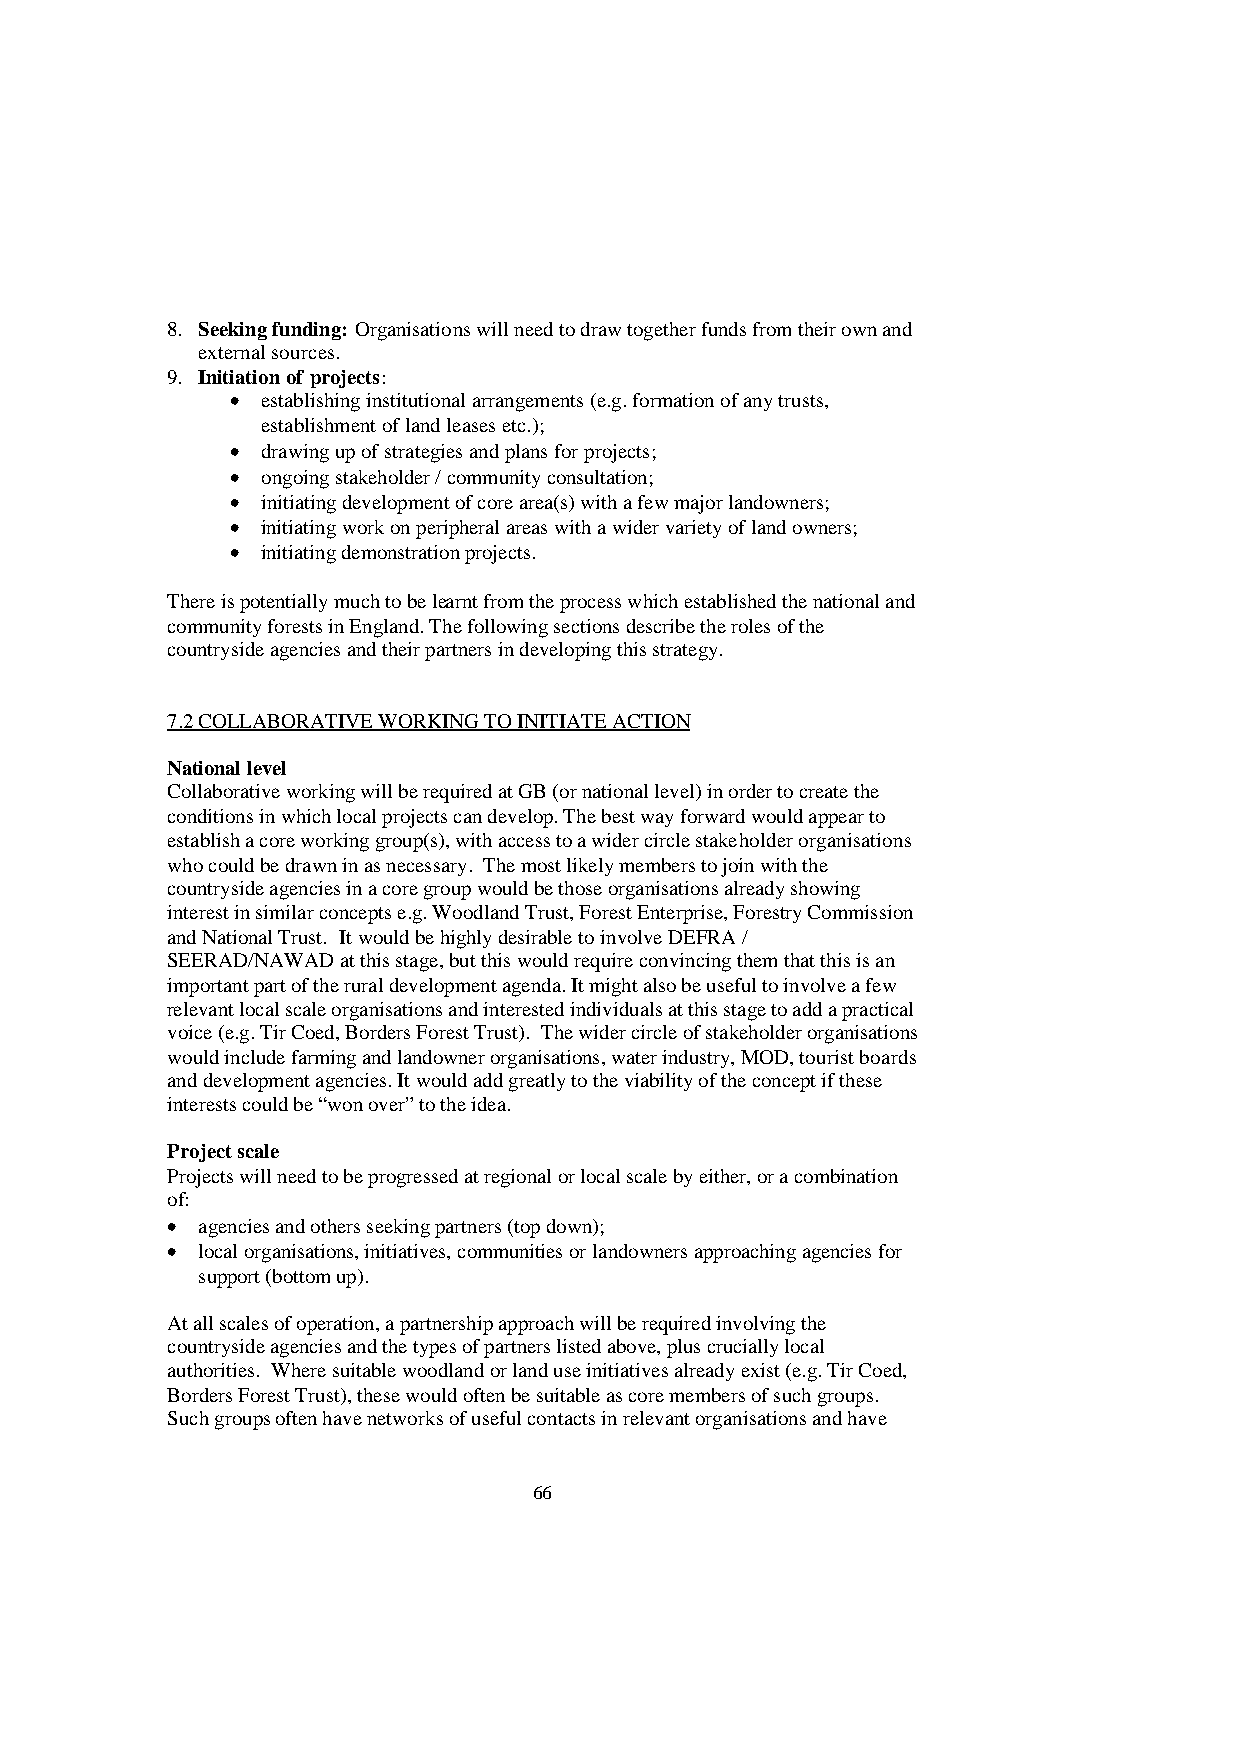
8. Seeking funding: Organisations will need to draw together funds from their own and
 external sources.
 9. Initiation of projects:
 • establishing institutional arrangements (e.g. formation of any trusts,
 establishment of land leases etc.);
 • drawing up of strategies and plans for projects;
 • ongoing stakeholder / community consultation;
 • initiating development of core area(s) with a few major landowners;
 • initiating work on peripheral areas with a wider variety of land owners;
 • initiating demonstration projects.
 There is potentially much to be learnt from the process which established the national and
 community forests in England. The following sections describe the roles of the
 countryside agencies and their partners in developing this strategy.
 7.2 COLLABORATIVE WORKING TO INITIATE ACTION
 National level
 Collaborative working will be required at GB (or national level) in order to create the
 conditions in which local projects can develop. The best way forward would appear to
 establish a core working group(s), with access to a wider circle stakeholder organisations
 who could be drawn in as necessary. The most likely members to join with the
 countryside agencies in a core group would be those organisations already showing
 interest in similar concepts e.g. Woodland Trust, Forest Enterprise, Forestry Commission
 and National Trust. It would be highly desirable to involve DEFRA /
 SEERAD/NAWAD at this stage, but this would require convincing them that this is an
 important part of the rural development agenda. It might also be useful to involve a few
 relevant local scale organisations and interested individuals at this stage to add a practical
 voice (e.g. Tir Coed, Borders Forest Trust). The wider circle of stakeholder organisations
 would include farming and landowner organisations, water industry, MOD, tourist boards
 and development agencies. It would add greatly to the viability of the concept if these
 interests could be “won over” to the idea.
 Project scale
 Projects will need to be progressed at regional or local scale by either, or a combination
 of:
 • agencies and others seeking partners (top down);
 • local organisations, initiatives, communities or landowners approaching agencies for
 support (bottom up).
 At all scales of operation, a partnership approach will be required involving the
 countryside agencies and the types of partners listed above, plus crucially local
 authorities. Where suitable woodland or land use initiatives already exist (e.g. Tir Coed,
 Borders Forest Trust), these would often be suitable as core members of such groups.
 Such groups often have networks of useful contacts in relevant organisations and have
 66